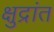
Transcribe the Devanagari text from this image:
क्षुद्रांत